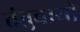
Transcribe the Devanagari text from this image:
तंतुवायो